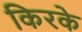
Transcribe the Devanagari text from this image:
किरके